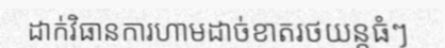
ដាក់វិធានការហាមដាច់ខាតរថយន្តធំៗ